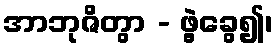
အာဘုဇိတွာ - ဖွဲ့ခွေ၍၊